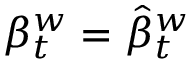
\beta _ { t } ^ { w } = { \hat { \beta } } _ { t } ^ { w }